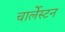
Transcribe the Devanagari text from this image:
चार्लेस्टन